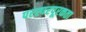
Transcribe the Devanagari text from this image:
परस्परपूरकता